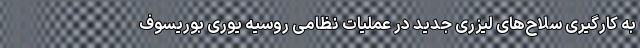
به کارگیری سلاح‌های لیزری جدید در عملیات نظامی روسیه یوری بوریسوف